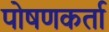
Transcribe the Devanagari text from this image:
पोषणकर्ता